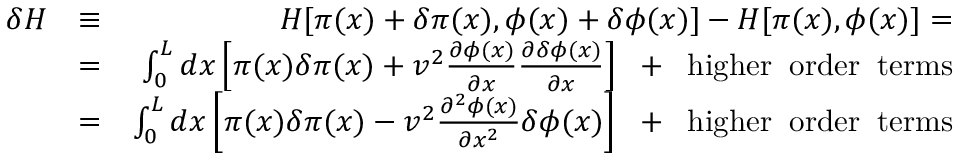
\begin{array} { r l r } { \delta H } & { \equiv } & { H [ \pi ( x ) + \delta \pi ( x ) , \phi ( x ) + \delta \phi ( x ) ] - H [ \pi ( x ) , \phi ( x ) ] = } \\ & { = } & { \int _ { 0 } ^ { L } d x \left[ \pi ( x ) \delta \pi ( x ) + v ^ { 2 } \frac { \partial \phi ( x ) } { \partial x } \frac { \partial \delta \phi ( x ) } { \partial x } \right] \; \; + \; \; \mathrm { h i g h e r \; \; o r d e r \; \; t e r m s } } \\ & { = } & { \int _ { 0 } ^ { L } d x \left[ \pi ( x ) \delta \pi ( x ) - v ^ { 2 } \frac { \partial ^ { 2 } \phi ( x ) } { \partial x ^ { 2 } } \delta \phi ( x ) \right] \; \; + \; \; \mathrm { h i g h e r \; \; o r d e r \; \; t e r m s } } \end{array}